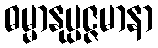
ဓမ္မာနုပ္ပဇ္ဇမာနာ